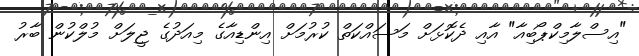
"އިސްލާމިކްޕޯބިއާ" އާއި ދެކޮޅަށް މަސައްކަތް ކުރުމަށް އިންޑިއާގެ މިއަދުގެ ޖީލަށް މުލްކުން ބާރު